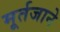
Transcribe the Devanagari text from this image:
मूर्तजाने